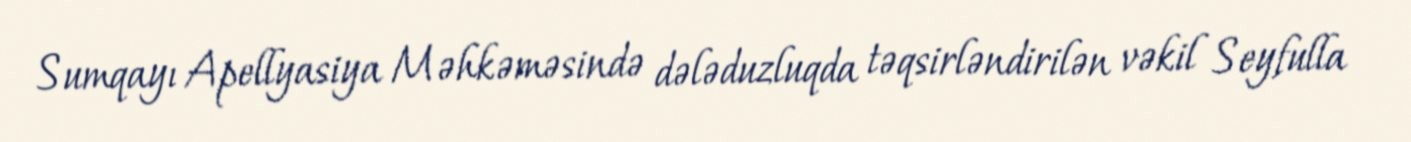
Sumqayı Apellyasiya Məhkəməsində dələduzluqda təqsirləndirilən vəkil Seyfulla